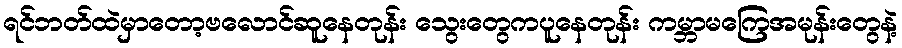
ရင်ဘတ်ထဲမှာတော့ဗလောင်ဆူနေတုန်း သွေးတွေကပူနေတုန်း ကမ္ဘာမကြေအမုန်းတွေနဲ့